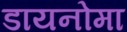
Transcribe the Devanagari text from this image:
डायनोमा